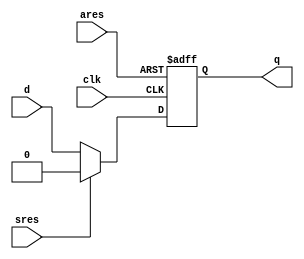
`timescale 1ns / 1ps
module sync_async_res(clk,d,sres,ares,q);
input clk,d,sres,ares;
output reg  q;

always @(posedge clk ,posedge ares)
begin
	if(ares)
		q<=1'b0;
	else if(sres)
		q<=1'b0;
	else
		q<=d;
end
endmodule